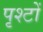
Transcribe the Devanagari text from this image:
पृश्टों